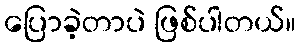
ပြောခဲ့တာပဲ ဖြစ်ပါတယ်။